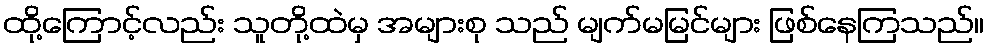
ထို့ကြောင့်လည်း သူတို့ထဲမှ အများစု သည် မျက်မမြင်များ ဖြစ်နေကြသည်။